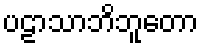
ပဠာသာဘိဘူတော